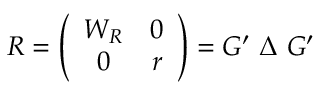
R = \left( \begin{array} { c c } { { W _ { R } } } & { { 0 } } \\ { { 0 } } & { { r } } \end{array} \right) = G ^ { \prime } ~ \Delta ~ G ^ { \prime }